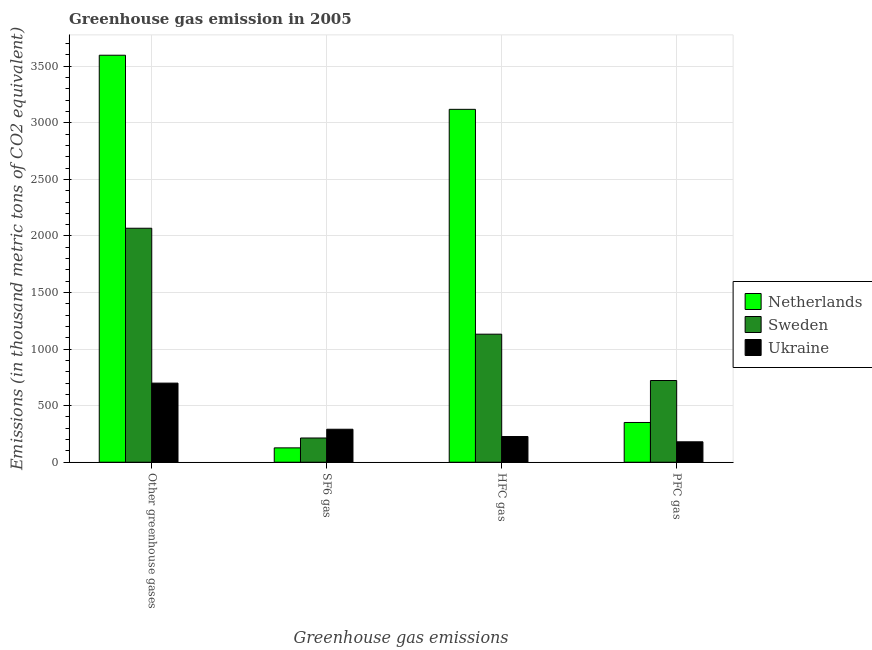
| Greenhouse gas emissions | Netherlands | Sweden | Ukraine |
 | --- | --- | --- | --- |
 | Other greenhouse gases | 3.6e+03 | 2.07e+03 | 699 |
 | SF6 gas | 127 | 214 | 292 |
 | HFC gas | 3.12e+03 | 1.13e+03 | 227 |
 | PFC gas | 351 | 722 | 180 |